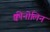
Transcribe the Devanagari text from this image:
क्वीनोलिन